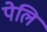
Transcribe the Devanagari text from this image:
पेलि